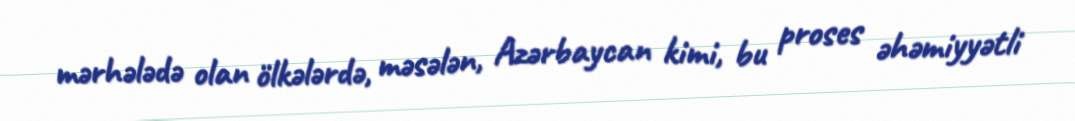
mərhələdə olan ölkələrdə, məsələn, Azərbaycan kimi, bu proses əhəmiyyətli